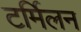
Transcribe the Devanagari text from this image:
टर्मिलन